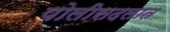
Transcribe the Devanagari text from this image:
पोलीसदलात